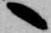
へ